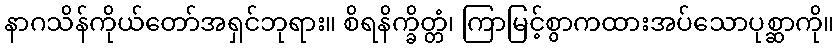
နာဂသိန်ကိုယ်တော်အရှင်ဘုရား။ စိရနိက္ခိတ္တံ၊ ကြာမြင့်စွာကထားအပ်သောပုစ္ဆာကို။